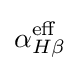
\alpha _{H\beta }^{\text{eff}}